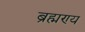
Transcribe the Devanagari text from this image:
ब्रह्मण्य